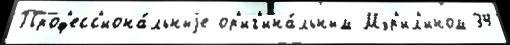
Проф'есс'иона́льныjе ор'иг'ина́льным Мэр'ил'ином 34